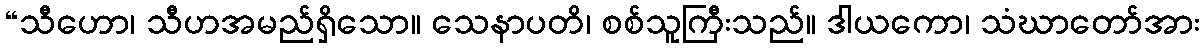
“သီဟော၊ သီဟအမည်ရှိသော။ သေနာပတိ၊ စစ်သူကြီးသည်။ ဒါယကော၊ သံဃာတော်အား